Indian journal of veterinary science and animal husbandry - Volumes 15-17, 1948-1951
Year: 1948
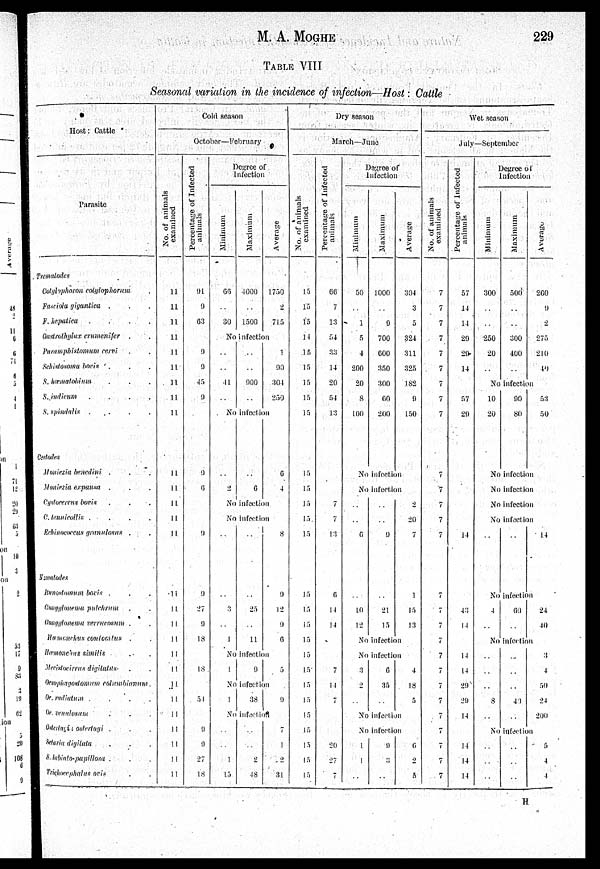
M. A.
MOGHE
229
TABLE VIII
Seasonal variation in the incidence of infection—Host: Cattle
Host: Cattle
Parasite
Tremalodes
Cotylophoron
colylophorum
Fasciola gigantica .
F.
hepatica
.
.
.
.
Gastrothylax crumenifer
.
Paramphistomum
cervi
Schistosoma bovis
S. hæmalobium
S. indicum .
.
.
.
S. spindalis
.
.
.
.
Castodes
Moniezia benedini
.
Moniezia expansa .
Cystocercus bovis
C.
tenuicollis
Echinococeus granulosus ..
Nematodes
Bunostomum bovis
Gongylonema pulehrum
Gongylonema verrucosum .
Hamcnchus
contocitus
.
Hæmoncius similis
Mecistoeirrus digitatus
Oesophagostomum
columbianum
Oe. radiatum .
.
.
.
Oe. venulosum
ostertagi ostertagi .
Setaria digitata
S.labiato-papillosa .
Trichocephalus ovis
Cold season
Octobor—February
No. of animals
examined
11
11
11
11
11
11
11
11
11
11
11
11
11
11
11
11
11
11
11
11
11
11
11
11
11
11
11
Percentage of Infected
animals
91
9
63
9
9
45
9
9
6
9
9
27
9
18
18
54
9
9
27
18
Degree of
Infection
Minimum
66
..
30
Maximum
4000
..
1500
Average
1750
2
715
No infection
..
..
41
..
..
..
900
..
1
90
304
250
No infection
..
2
..
6
6
4
No infection
No infection
..
..
3
..
1
..
..
25
..
11
8
9
12
9
0
No infection
1
9
5
No infection
1
38
9
No infection
..
..
1
15
..
..
2
48
7
1
2
31
Dry season
March—June
No. of animals
examined
15
15
15
14
15
15
15
15
15
15
15
15
15
15
15
15
15
15
15
15
15
15
15
15
15
15
15
Percentage of Infected
animals
66
7
13
54
33
14
20
54
13
7
7
13
6
14
14
7
14
7
20
27
7
Degree of
Infection
Minimum
50
..
1
5
4
200
20
8
100
Maximum
1000
..
9
700
600
350
300
60
200
No infection
No infection
6
10
12
9
21
15
No infection
Average
304
3
5
324
311
325
182
9
150
2
20
7
1
15
13
Noinfection
3
2
6
35
No infection
No infection
1
1
..
9
3
..
4
18
5
6
2
5
Wet season
July—September
No. of animals
examined
7
7
7
7
7
7
7
7
7
7
7
7
7
7
7
7
7
7
7
7
7
7
Percentage of lnfected
animals
57
14
14
29
29
14
57
29
14
43
14
14
14
29
29
14
11
14
14
Degree of
Infection
Minimum
300
..
..
250
20
..
Maximum
500
..
..
300
400
..
Average
2G0
9
2
275
210
40
No infection
10
20
90
80
53
50
No infection
No infection
No infection
No infection
14
No infection
4
..
60
..
24
40
No infection
..
..
..
8
..
..
..
..
49
..
3
4
50
24
200
No infection
..
..
..
..
..
..
5
4
4
H